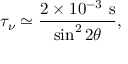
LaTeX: \tau _ { \nu } \simeq \frac { 2 \times 1 0 ^ { - 3 } \mathrm { ~ s } } { \sin ^ { 2 } 2 \theta } ,